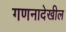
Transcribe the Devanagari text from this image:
गणनादेखील